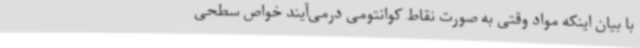
با بیان اینکه مواد وقتی به صورت نقاط کوانتومی درمی‌آیند خواص سطحی